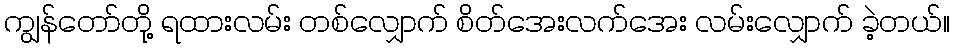
ကျွန်တော်တို့ ရထားလမ်း တစ်လျှောက် စိတ်အေးလက်အေး လမ်းလျှောက် ခဲ့တယ်။